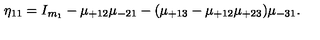
\eta _ { 1 1 } = I _ { m _ { 1 } } - \mu _ { + 1 2 } \mu _ { - 2 1 } - ( \mu _ { + 1 3 } - \mu _ { + 1 2 } \mu _ { + 2 3 } ) \mu _ { - 3 1 } .